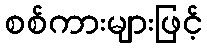
စစ်ကားများဖြင့်